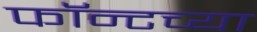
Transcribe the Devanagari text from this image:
फॉन्टच्या